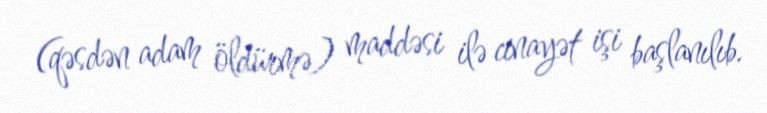
(qəsdən adam öldürmə) maddəsi ilə cinayət işi başlanılıb.